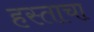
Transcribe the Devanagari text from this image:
हस्ताचा